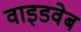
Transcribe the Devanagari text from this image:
वाइडवेब